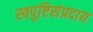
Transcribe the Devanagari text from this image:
स्वपुष्टिसंप्रदाय